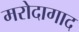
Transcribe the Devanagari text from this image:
मरोदागाद